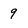
Character: 9